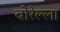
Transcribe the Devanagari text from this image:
बोरेल्ला